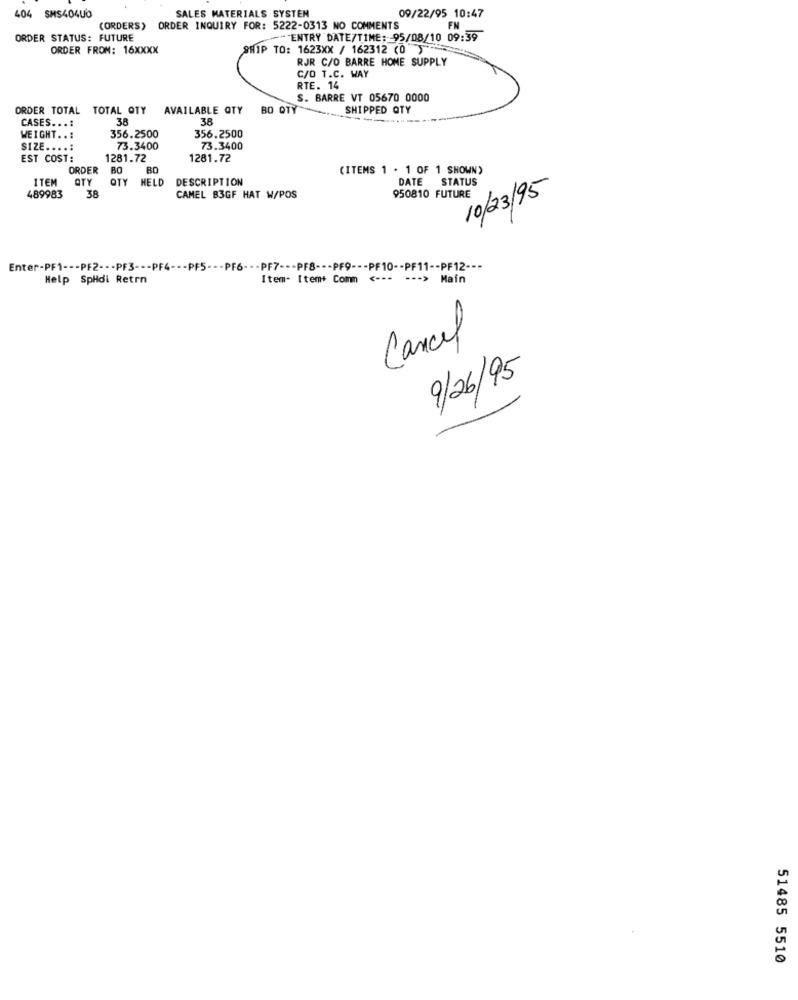
SALES MATERIALS SYSTEN
404 SMS404UO
09/22/95 10:47
(ORDERS) ORDER INQUIRY FOR: 5222-0313 NO COMMENTS
FN
ORDER STATUS: FUTURE
--- ENTRY DATE/TIME: 95/08/10 09:39
ORDER FROM: 16XXXX
SHIP TO: 1623XX / 162312 (0")
RJR C/O BARRE HOME SUPPLY
C/O T.C. WAY
RTE. 14
S. BARRE VT 05670 0000
ORDER TOTAL TOTAL QTY
AVAILABLE QTY
BO OTY
SHIPPED QTY
38
38
CASES. ..:
WEIGHT ..:
356.2500
356.2500
SIZE ....:
73.3400
73.3400
EST COST:
1281.72
1281.72
ORDER
BO
BO
(ITEMS 1 . 1 OF 1 SHOWN)
ITEM
OTY
OTY
HELD
DESCRIPTION
DATE STATUS
10/23/95
489983
38
CAMEL B3GF HAT W/POS
950810 FUTURE
Enter-PF1 --- PF2 --- PF3 --- PF4 --- PF5 --- PF6 --- PF7 --- PF8 --- PF9 --- PF10 -- PF11 -- PF12 ---
Help SpHdi Retrn
Item- Item+ Comm <--- --- > Main
Cancel
9/26/95
51485 5510